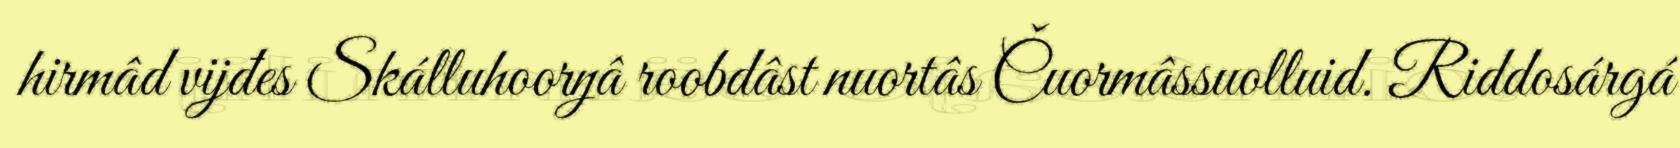
hirmâd vijđes Skálluhoorŋâ roobdâst nuortâs Čuormâssuolluid. Riddosárgá